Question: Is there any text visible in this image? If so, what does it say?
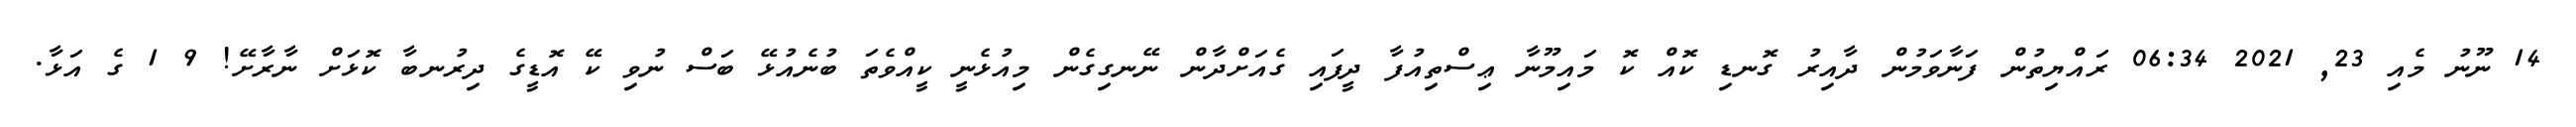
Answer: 14 ނޫނު މެއި 23, 2021 06:34 ރައްޔިތުން ފަނާވަމުން ދާއިރު ގޮނޑި ކޮއް ކޮ މައިމޫނާ ޢިސްތިއުފާ ދީފައި ގެއަށްދާން ނޭނގިގެން މިއުޅެނީ ކީއްވެތަ ބުނެއުޅޭ ބަސް ނުވި ކޭ އޮޑީގެ ދިރުނބާ ކޮޅަށް ނާރާށޭ! 9 1 ގެ އަޅާ.